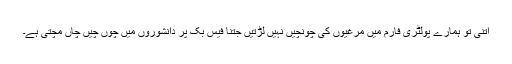
اتنی تو ہمارے پولٹری فارم میں مرغیوں کی چونچیں نہیں لڑتیں جتنا فیس بک پر دانشوروں میں چوں چیں چاں مچتی ہے۔